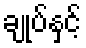
ချုပ်နှင့်